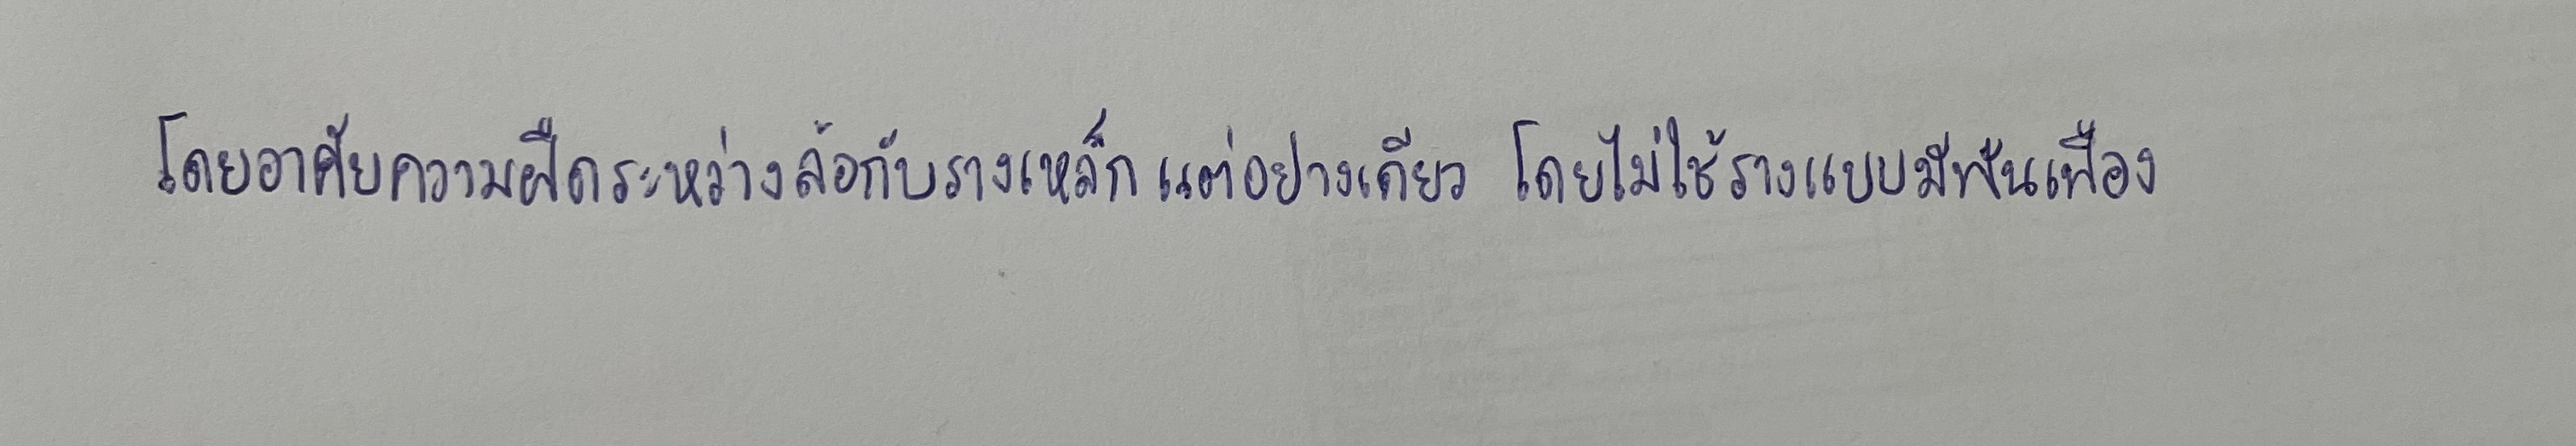
โดยอาศัยความฝืดระหว่างล้อกับรางเหล็กแต่อย่างเดียวโดยไม่ใช้รางแบบมีฟันเฟือง